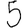
Digit: 5